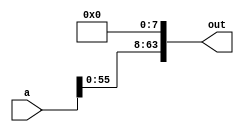
`timescale 1ns / 1ps
//////////////////////////////////////////////////////////////////////////////////
// Company: 
// Engineer: 
// 
// Design Name: 
// Module Name: shifting
// Project Name: 
// Target Devices: 
// Tool Versions: 
// Description: 
// 
// Dependencies: 
// 
// Revision:
// Revision 0.01 - File Created
// Additional Comments:
// 
//////////////////////////////////////////////////////////////////////////////////


module lshift8(
    input [63:0] a,
    output [63:0] out
    );
    
    assign out[0]=1'b0;
    assign out[1]=1'b0;
    assign out[2]=1'b0;
    assign out[3]=1'b0;
    assign out[4]=1'b0;
    assign out[5]=1'b0;
    assign out[6]=1'b0;
    assign out[7]=1'b0;
 
    generate
     genvar i;
     
     for(i=0;i<56;i=i+1)
      begin
         assign out[i+8] = a[i];
      end
      
      endgenerate   
    
endmodule







module lshift16(
   
    input [63:0] a,
    output [63:0] out
    );
    
     generate
     genvar i;
     
     for(i=0;i<16;i=i+1)
      begin
         assign out[i] = 1'b0;
      end   
 
   
     for(i=0;i<48;i=i+1)
      begin
         assign out[i+16] = a[i];
      end
     
     endgenerate   
    
endmodule



module lshift24(
   
    input [63:0] a,
    output [63:0] out
    );
    
     generate
     genvar i;
     
     for(i=0;i<24;i=i+1)
      begin
         assign out[i] = 1'b0;
      end   
 
   
     for(i=0;i<40;i=i+1)
      begin
         assign out[i+24] = a[i];
      end
     
     endgenerate   
    
endmodule

module lshift32(
    input [63:0] a,
    output [63:0] out
    );
    
     generate
     genvar i;
     
     for(i=0;i<32;i=i+1)
      begin
         assign out[i] = 1'b0;
      end   
 
   
     for(i=0;i<32;i=i+1)
      begin
         assign out[i+32] = a[i];
      end
     
     endgenerate   
    
endmodule


module lshift40(
    input [63:0] a,
    output [63:0] out
    );
    
     generate
     genvar i;
     
     for(i=0;i<40;i=i+1)
      begin
         assign out[i] = 1'b0;
      end   
 
   
     for(i=0;i<24;i=i+1)
      begin
         assign out[i+40] = a[i];
      end
     
     endgenerate  
    
    
endmodule

module lshift48(
 
    input [63:0] a,
    output [63:0] out
    );
    
     generate
     genvar i;
     
     for(i=0;i<48;i=i+1)
      begin
         assign out[i] = 1'b0;
      end   
 
   
     for(i=0;i<16;i=i+1)
      begin
         assign out[i+48] = a[i];
      end
     
     endgenerate  
    
    
    
endmodule